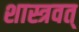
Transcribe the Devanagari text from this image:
शास्त्रवत्‌